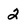
Character: 2